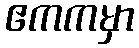
ဧကကမှာ